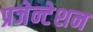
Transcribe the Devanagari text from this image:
प्रजेन्टेशन